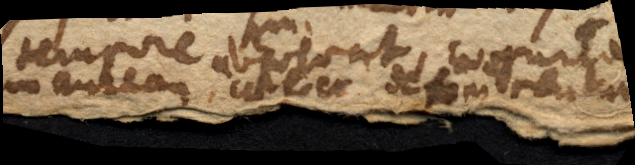
tempore absolvat, cognita